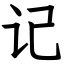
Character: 记